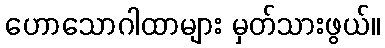
ဟောသောဂါထာများ မှတ်သားဖွယ်။